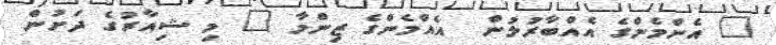
" އެންމެންގެ އެއްބާރުލުން  އެއްމެންގެ ޒިންމާ " މި ޝިއާރުގެ ދަށުން